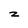
Character: z